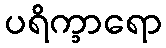
ပရိက္ခာရော